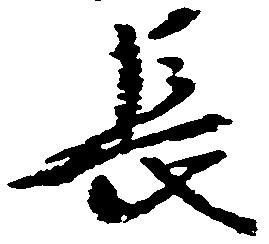
長